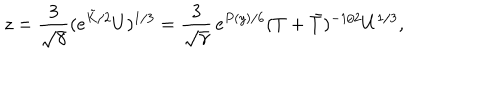
z = \frac { 3 } { \sqrt { \gamma } } ( e ^ { \tilde { K } / 2 } U ) ^ { 1 / 3 } = \frac { 3 } { \sqrt { \gamma } } \, e ^ { P ( y ) / 6 } ( T + \bar { T } ) ^ { - 1 / 2 } U ^ { 1 / 3 } ,